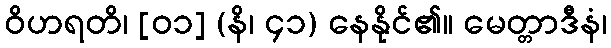
ဝိဟရတိ၊ [၀၁] (နိ၊ ၄၁) နေနိုင်၏။ မေတ္တာဒီနံ၊